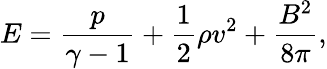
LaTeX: E=\frac{p}{\gamma-1}+\frac{1}{2}\rho v^{2}+\frac{B^{2}}{8\pi},